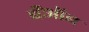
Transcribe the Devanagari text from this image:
बैंऑब